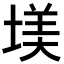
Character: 𡎤